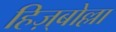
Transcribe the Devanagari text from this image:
हिज़्बोल्ला